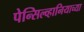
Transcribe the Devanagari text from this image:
पेन्सिल्व्हानियाच्या